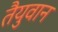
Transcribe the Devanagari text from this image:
तैयुवान